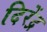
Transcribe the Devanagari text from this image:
दिरेंद्र